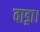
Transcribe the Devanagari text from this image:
वाड्रा।